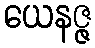
ယေနဇ္ဇ